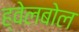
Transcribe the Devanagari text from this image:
ह्वेलबोल